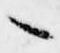
々